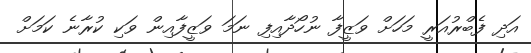
އަދި ފެބްރުއަރީ މަހަށް ވަޒީފާ ނުހޯދާއިފި ނަމަ ވަޒީފާއިން ވަކި ކުރާނެ ކަމަށް